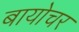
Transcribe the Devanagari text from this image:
बायोचर